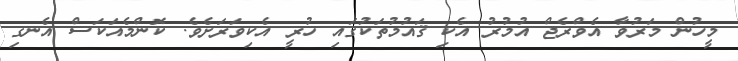
މީހުން މަރުވާ އެވްރެޖް އުމުރު އެކި ޤައުމުތަކުގައި ހުރީ އެކިވަރަށެވެ. ކޮންމެއަކަސް އެނގި